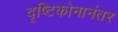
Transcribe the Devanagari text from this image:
दृष्टिकोनानंतर